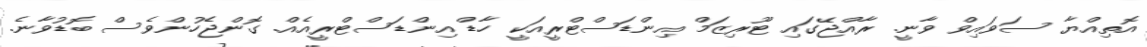
އޮތިއްޔާ ސަވައިވް ވާނީ. ރާއްޖޭގައި ޓޫރިޒަމް އިންޑަސްޓްރީއަކީ ހާޑް އިންޑަސްޓްރީއެއް. ގޮންޖެހުންވެސް ބޮޑުވާނެ.